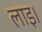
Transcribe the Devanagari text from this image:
लाइ।